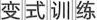
变式训练